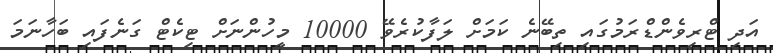
އަދި ޓްރިވެންޑްރަމުގައި ތިބޭނެ ކަމަށް ލަފާކުރެވޭ 10000 މީހުންނަށް ޓިކެޓް ގަނެފައި ބަހާނަމަ